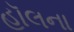
હૉલના